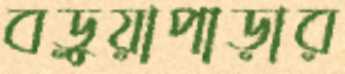
বড়ুয়াপাড়ার